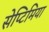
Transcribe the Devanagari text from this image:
सेप्टिमिया